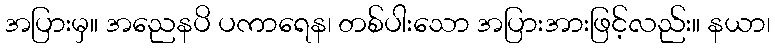
အပြားမှ။ အညေနပိ ပကာရေန၊ တစ်ပါးသော အပြားအားဖြင့်လည်း။ နယာ၊